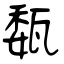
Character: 瓾